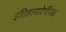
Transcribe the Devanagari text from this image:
इतिहासप्रेमींसह